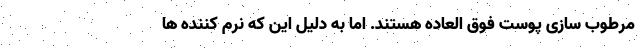
مرطوب سازی پوست فوق العاده هستند. اما به دلیل این که نرم کننده ها